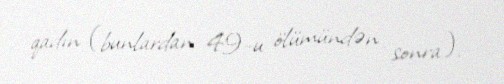
qadın (bunlardan 49-u ölümündən sonra).